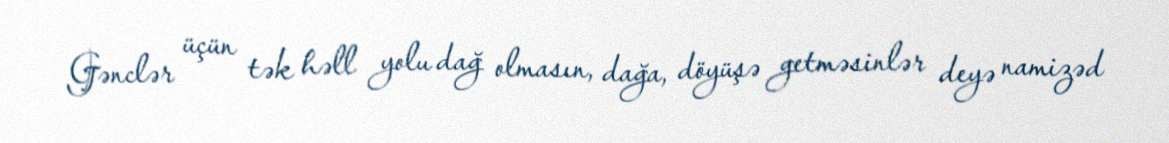
Gənclər üçün tək həll yolu dağ olmasın, dağa, döyüşə getməsinlər deyə namizəd